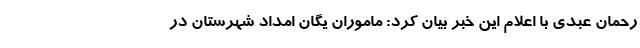
رحمان عبدی با اعلام این خبر بیان کرد: ماموران یگان امداد شهرستان در